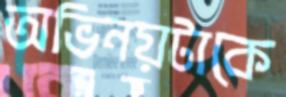
অভিনয়টাকে